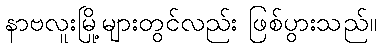
နာဗလူးမြို့များတွင်လည်း ဖြစ်ပွားသည်။